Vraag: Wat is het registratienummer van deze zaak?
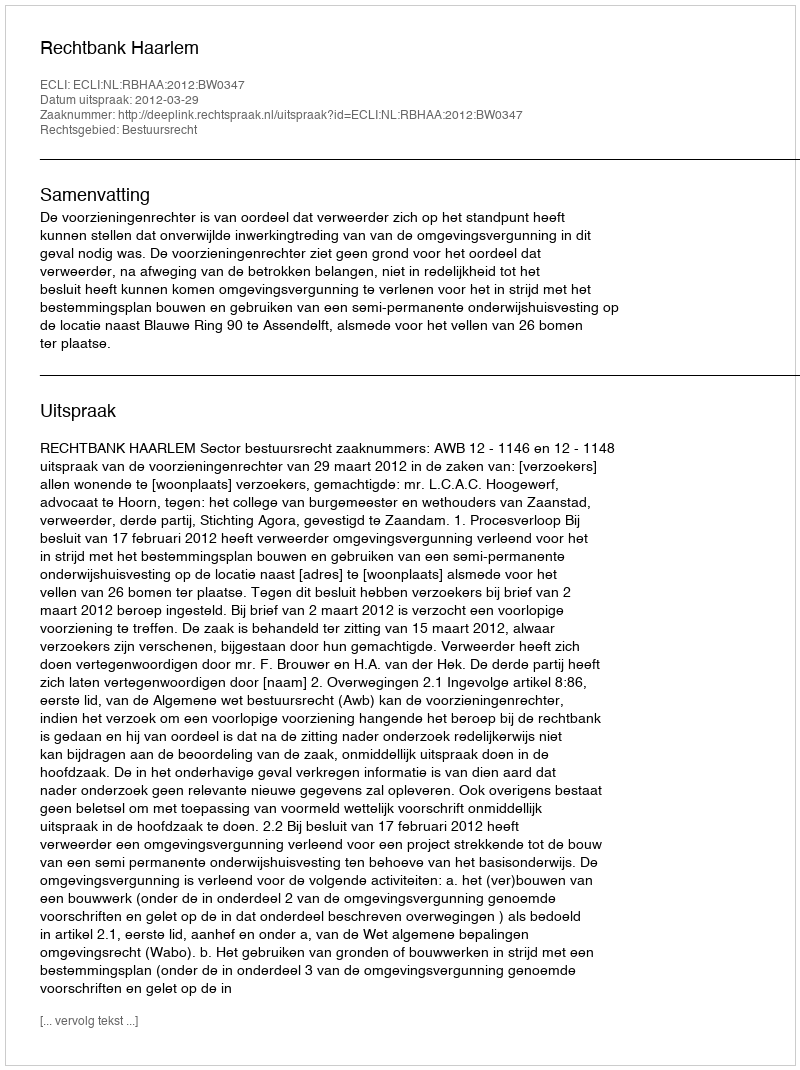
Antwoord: http://deeplink.rechtspraak.nl/uitspraak?id=ECLI:NL:RBHAA:2012:BW0347